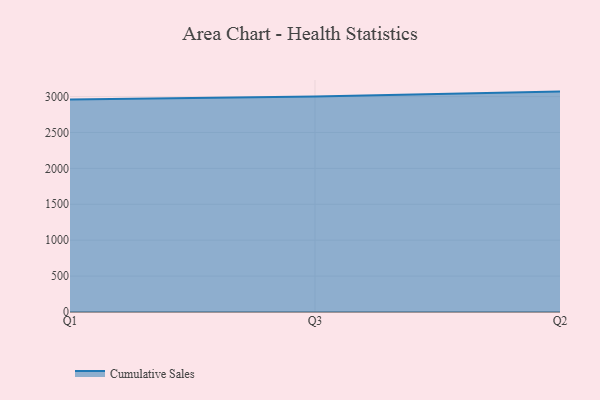
{"axis": {"x": "Quarter", "y": "Demand Index"}, "legend": ["Cumulative Sales"], "data": [{"x": "Q1", "y": 2960.5, "type": "Cumulative Sales"}, {"x": "Q3", "y": 3001.0, "type": "Cumulative Sales"}, {"x": "Q2", "y": 3069.3, "type": "Cumulative Sales"}]}